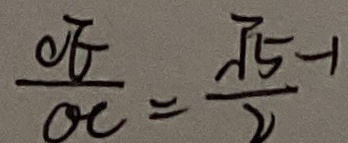
\frac { O E } { O C } = \frac { \sqrt { 5 } - 1 } { 2 }